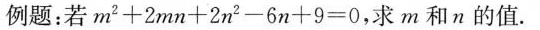
例题：若$$m ^ { 2 } + 2 m n + 2 n ^ { 2 } - 6 n + 9 = 0$$，求m和n的值。